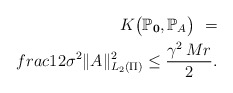
\begin{align*}K\big(\mathbb P_{{\bf 0}},\mathbb P_{A}\big)\ =\\frac{1}{2\sigma^2}\|A\|_{L_2(\Pi)}^2 \leq\frac{\gamma^2\,Mr}{2}.\end{align*}